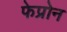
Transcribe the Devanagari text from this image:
फेप्रोन